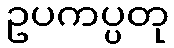
ဥပကပ္ပတု